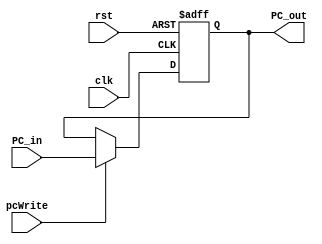
`timescale  1ns / 1ns

module PC(input clk, rst, input [31:0] PC_in, output reg [31:0] PC_out, input pcWrite);
  always @(posedge clk, posedge rst) begin
    if (rst) PC_out <= 32'b0;
    else if (pcWrite) PC_out <= PC_in;
  end
endmodule